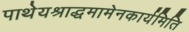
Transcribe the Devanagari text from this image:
पाथेयश्राद्धमामेनकार्यमिति